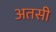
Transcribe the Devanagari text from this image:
अतसी